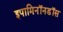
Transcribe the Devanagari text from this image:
इपामिनॉनडॉस